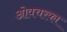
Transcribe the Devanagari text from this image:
ओवचरका